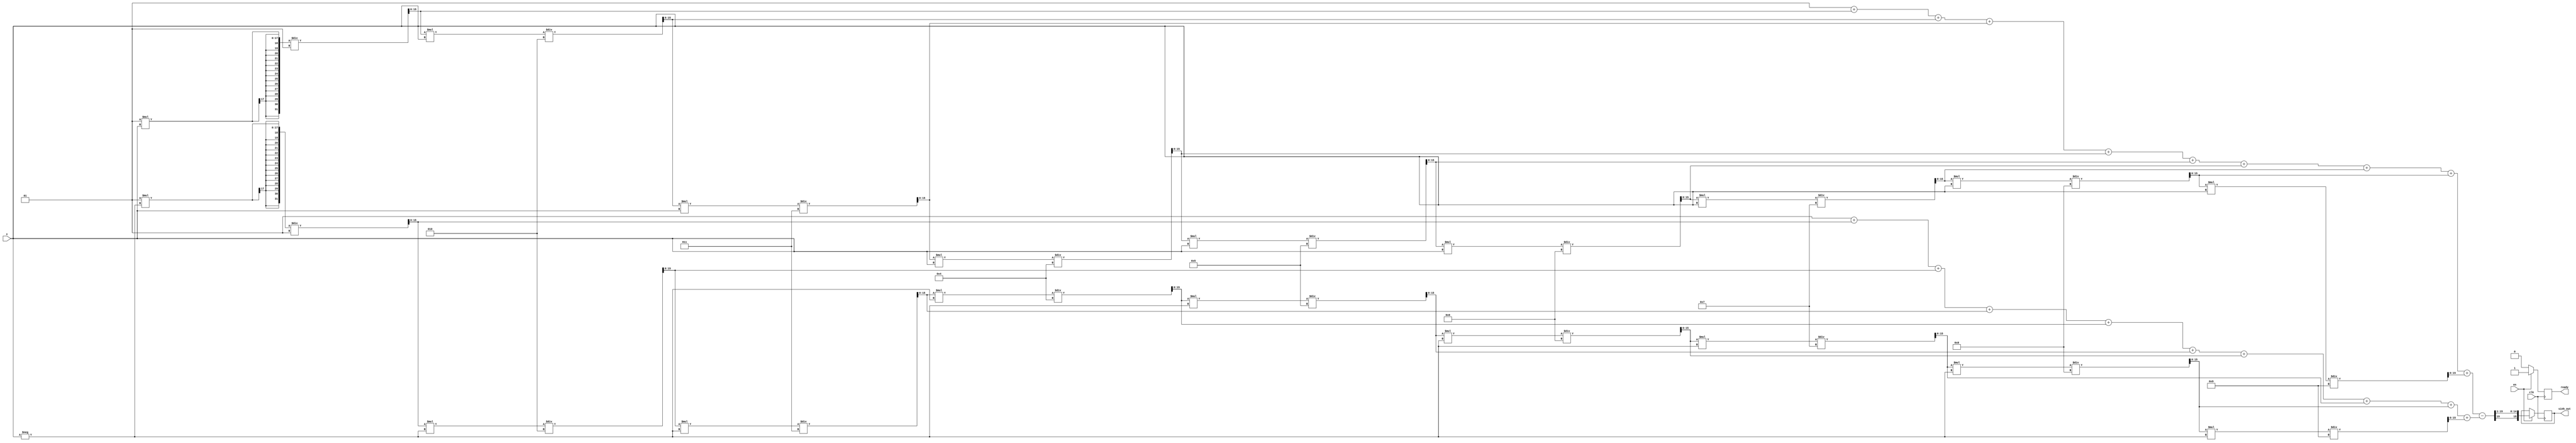
module sinh_arithmetic_block #(
    parameter N = 16, // Input bit width
    parameter M = 16  // Output bit width
)(
    input wire clk,
    input wire en,
    input wire signed [N-1:0] x, // Input value
    output reg signed [M-1:0] sinh_out, // Output value
    output reg ready // Output valid signal
);

    reg signed [N-1:0] exp_x;
    reg signed [N-1:0] exp_neg_x;
    reg signed [N-1:0] exp_diff;
    
    // Simple exponential approximation using Taylor series
    function signed [N-1:0] exp_taylor(input signed [N-1:0] val);
        integer i;
        reg signed [N-1:0] result;
        reg signed [N-1:0] term;
        begin
            result = 0;
            term = 1; // 0! = 1
            for (i = 0; i < 10; i = i + 1) begin // 10 terms for approximation
                result = result + term;
                term = (term * val) / (i + 1); // Compute next term
            end
            exp_taylor = result;
        end
    endfunction

    always @(posedge clk) begin
        if (en) begin
            // Compute e^x and e^(-x)
            exp_x = exp_taylor(x);
            exp_neg_x = exp_taylor(-x);
            // Compute e^x - e^(-x)
            exp_diff = exp_x - exp_neg_x;
            // Compute sinh(x) = (e^x - e^(-x)) / 2
            sinh_out = exp_diff >>> 1; // Right shift by 1 for division by 2
            ready = 1; // Indicate output is valid
        end else begin
            ready = 0; // Output not valid
        end
    end

endmodule